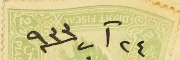
٢٤ آب سنة ٩٣٣